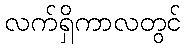
လက်ရှိကာလတွင်